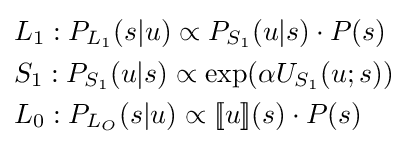
{\begin{aligned}&L_{1}:P_{L_{1}}(s|u)\propto P_{S_{1}}(u|s)\cdot P(s)\\&S_{1}:P_{S_{1}}(u|s)\propto \exp(\alpha U_{S_{1}}(u;s))\\&L_{0}:P_{L_{O}}(s|u)\propto [\![u]\!](s)\cdot P(s)\end{aligned}}